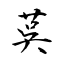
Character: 茣